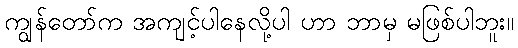
ကျွန်တော်က အကျင့်ပါနေလို့ပါ ဟာ ဘာမှ မဖြစ်ပါဘူး။